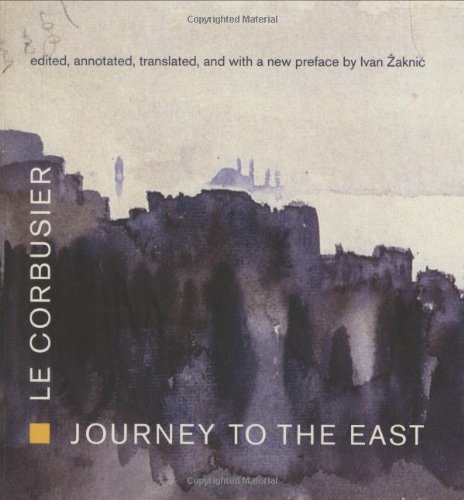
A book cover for Journey to the East; Le Corbusier; Travel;